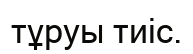
тұруы тиіс.